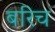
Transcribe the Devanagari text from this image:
बरिच